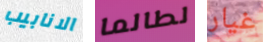
الانابيب لطالما غيار